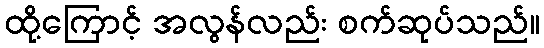
ထို့ကြောင့် အလွန်လည်း စက်ဆုပ်သည်။